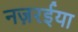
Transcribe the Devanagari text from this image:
नज़रईया